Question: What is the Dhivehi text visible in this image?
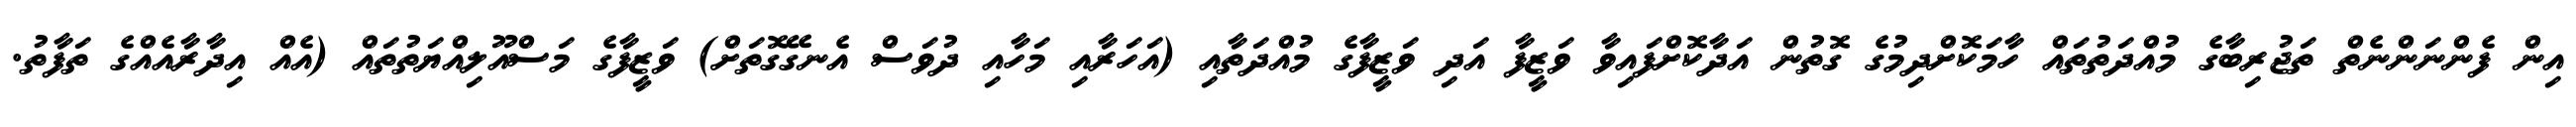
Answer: އިން ފެންނަންނެތް ތަޖުރިބާގެ މުއްދަތުތައް ހާމަކޮށްދިމުގެ ގޮތުން އަދާކޮށްފައިވާ ވަޒީފާ އަދި ވަޒީފާގެ މުއްދަތާއި (އަހަރާއި މަހާއި ދުވަސް އެނގޭގޮތަށް) ވަޒީފާގެ މަސްއޫލިއްޔަތުތައް (އެއް އިދާރާއެއްގެ ތަފާތު.